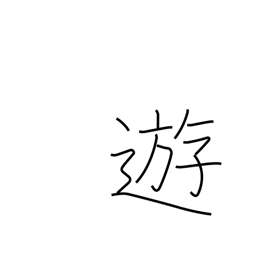
Meaning: play